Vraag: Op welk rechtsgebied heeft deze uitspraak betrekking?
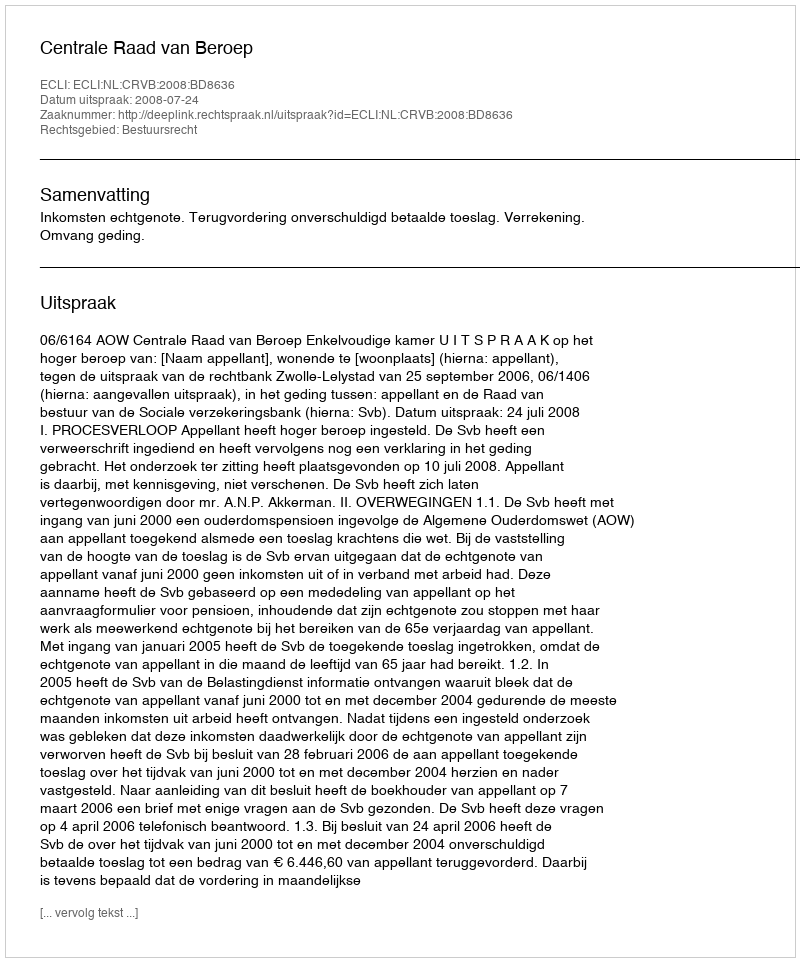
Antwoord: Bestuursrecht